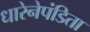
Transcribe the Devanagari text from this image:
धारेनेपंडिता